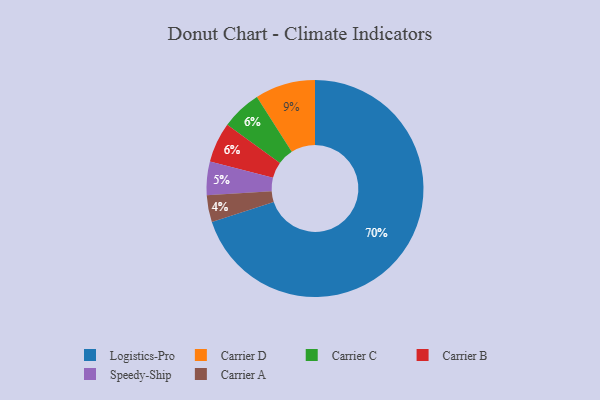
{"axis": {"x": "Category", "y": "Percentage"}, "legend": ["Carrier A", "Carrier B", "Carrier C", "Carrier D", "Logistics-Pro", "Speedy-Ship"], "data": [{"x": "Carrier D", "y": 9, "type": "Carrier D"}, {"x": "Carrier A", "y": 4, "type": "Carrier A"}, {"x": "Speedy-Ship", "y": 5, "type": "Speedy-Ship"}, {"x": "Logistics-Pro", "y": 70, "type": "Logistics-Pro"}, {"x": "Carrier C", "y": 6, "type": "Carrier C"}, {"x": "Carrier B", "y": 6, "type": "Carrier B"}]}